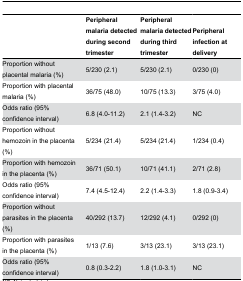
<table><thead><tr><td></td><td><b>Peripheral malaria detected during second trimester</b></td><td><b>Peripheral malaria detected during third trimester</b></td><td><b>Peripheral infection at delivery</b></td></tr></thead><tbody><tr><td>Proportion without placental malaria (%)</td><td>5/230 (2.1)</td><td>5/230 (2.1)</td><td>0/230 (0)</td></tr><tr><td>Proportion with placental malaria (%)</td><td>36/75 (48.0)</td><td>10/75 (13.3)</td><td>3/75 (4.0)</td></tr><tr><td>Odds ratio (95% confidence interval)</td><td>6.8 (4.0-11.2)</td><td>2.1 (1.4-3.2)</td><td>NC</td></tr><tr><td>Proportion without hemozoin in the placenta (%)</td><td>5/234 (21.4)</td><td>5/234 (21.4)</td><td>1/234 (0.4)</td></tr><tr><td>Proportion with hemozoin in the placenta (%)</td><td>36/71 (50.1)</td><td>10/71 (41.1)</td><td>2/71 (2.8)</td></tr><tr><td>Odds ratio (95% confidence interval)</td><td>7.4 (4.5-12.4)</td><td>2.2 (1.4-3.3)</td><td>1.8 (0.9-3.4)</td></tr><tr><td>Proportion without parasites in the placenta (%)</td><td>40/292 (13.7)</td><td>12/292 (4.1)</td><td>0/292 (0)</td></tr><tr><td>Proportion with parasites in the placenta (%)</td><td>1/13 (7.6)</td><td>3/13 (23.1)</td><td>3/13 (23.1)</td></tr><tr><td>Odds ratio (95% confidence interval)</td><td>0.8 (0.3-2.2)</td><td>1.8 (1.0-3.1)</td><td>NC</td></tr></tbody></table>